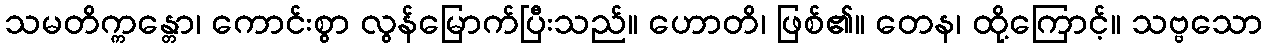
သမတိက္ကန္တော၊ ကောင်းစွာ လွန်မြောက်ပြီးသည်။ ဟောတိ၊ ဖြစ်၏။ တေန၊ ထို့ကြောင့်။ သဗ္ဗသော